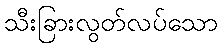
သီးခြားလွတ်လပ်သော